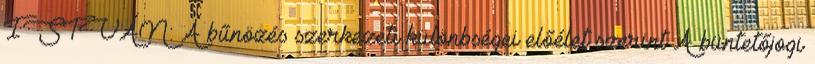
ISTVÁN: A bűnözés szerkezeti különbségei előélet szerint A büntetőjogi